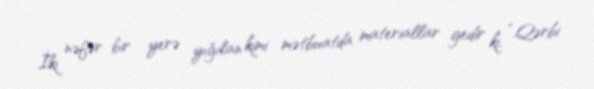
İki nəfər bir yerə yığılan kimi mətbuatda materiallar gedir ki, “Qərbi